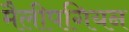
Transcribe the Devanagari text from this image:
मैलीपगियन